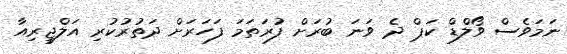
ނަމަވެސް ވޯލްޑް ކަޕް ދެ ވަނަ ބުރަށް ފުރަތަމަ ފަހަރަށް ދަތުރުކުރި އަލްޖީރިއާ